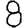
Digit: 8